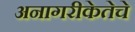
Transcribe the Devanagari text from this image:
अनागरीकेतेचे